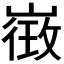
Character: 𭗓